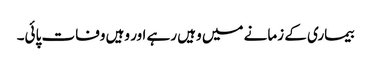
بیماری کے زمانے میں وہیں رہے اور وہیں وفات پائی۔